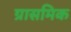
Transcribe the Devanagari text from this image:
ग्रासमिक